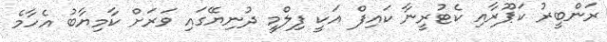
ރަންބީރު ކަޕޫރާއި ކެޓުރީނާ ކައިފް އަކީ ފިލްމީ ދުނިޔޭގައި ވަރަށް ކާމިޔާބު އެހާމެ